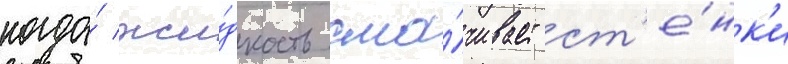
когда́ жи́дкость сма́чивает ст'е́нк'и